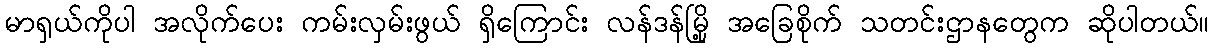
မာရှယ်ကိုပါ အလိုက်ပေး ကမ်းလှမ်းဖွယ် ရှိကြောင်း လန်ဒန်မြို့ အခြေစိုက် သတင်းဌာနတွေက ဆိုပါတယ်။